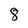
Character: 8